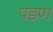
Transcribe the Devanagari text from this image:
पडण